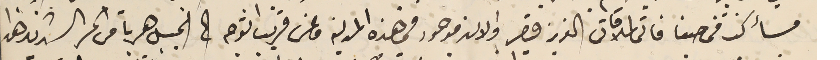
مسأ كنت فى حيفا فاتى لملاقاتى العزيز قيصر والان موجود في هذه المدينة وعن قريب اتوجه الى الجبل هرباً من الحر الشديد هذا